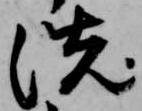
洗